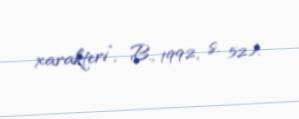
xarakteri”, B., 1992, s. 52).